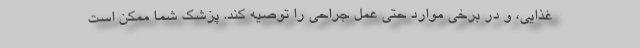
غذایی، و در برخی موارد حتی عمل جراحی را توصیه کند. پزشک شما ممکن است